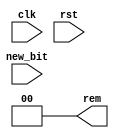
module fsm_3_bits_coming_from_left
(
    input        clk,
    input        rst,
    input        new_bit,
    output [1:0] rem
);

    assign rem = 0;

endmodule